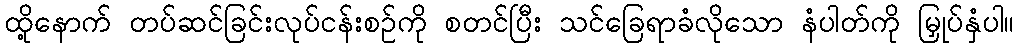
ထို့နောက် တပ်ဆင်ခြင်းလုပ်ငန်းစဉ်ကို စတင်ပြီး သင်ခြေရာခံလိုသော နံပါတ်ကို မြှုပ်နှံပါ။